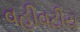
વહીવટીય